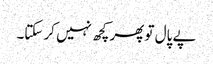
پے پال تو پھر کچھ نہیں کر سکتا۔